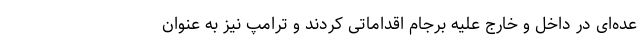
عده‌ای در داخل و خارج علیه برجام اقداماتی کردند و ترامپ نیز به عنوان